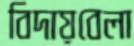
বিদায়বেলা